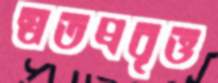
স্বতপ্রবৃত্ত